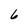
Character: 6